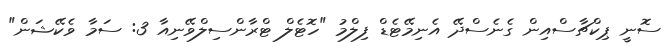
ސޮނީ ޕިކްޗާސްއިން ގެނެސްދޭ އެނިމޭޓެޑް ފިލްމު "ހޮޓެލް ޓްރާންސިލްވޭނިއާ 3: ސަމާ ވެކޭޝަން"